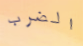
الضرب